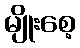
မျိုးစေ့